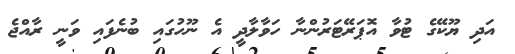
އަދި ޔޫކޭގެ ޓުވާ އޮޕަރޭޓަރުންނާ ހަވާލާދީ އެ ނޫހުގައި ބުނެފައި ވަނީ ރާއްޖެ